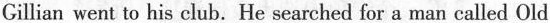
" Gillian went to his club. He searched for a man called Old Bryson. Old